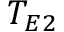
T _ { E 2 }